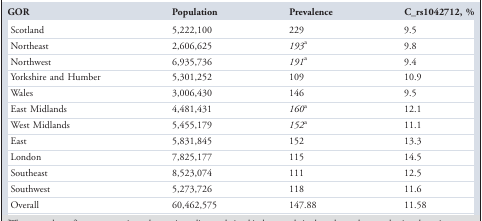
<table><thead><tr><td><b>GOR</b></td><td><b>Population</b></td><td><b>Prevalence</b></td><td><b>C_rs1042712, %</b></td></tr></thead><tbody><tr><td>Scotland</td><td>5,222,100</td><td>229</td><td>9.5</td></tr><tr><td>Northeast</td><td>2,606,625</td><td><i>193</i><sup>a</sup></td><td>9.8</td></tr><tr><td>Northwest</td><td>6,935,736</td><td><i>191</i><sup>a</sup></td><td>9.4</td></tr><tr><td>Yorkshire and Humber</td><td>5,301,252</td><td>109</td><td>10.9</td></tr><tr><td>Wales</td><td>3,006,430</td><td>146</td><td>9.5</td></tr><tr><td>East Midlands</td><td>4,481,431</td><td><i>160</i><sup>a</sup></td><td>12.1</td></tr><tr><td>West Midlands</td><td>5,455,179</td><td><i>152</i><sup>a</sup></td><td>11.1</td></tr><tr><td>East</td><td>5,831,845</td><td>152</td><td>13.3</td></tr><tr><td>London</td><td>7,825,177</td><td>115</td><td>14.5</td></tr><tr><td>Southeast</td><td>8,523,074</td><td>111</td><td>12.5</td></tr><tr><td>Southwest</td><td>5,273,726</td><td>118</td><td>11.6</td></tr><tr><td>Overall</td><td>60,462,575</td><td>147.88</td><td>11.58</td></tr></tbody></table>